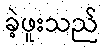
ခဲ့ဖူးသည်